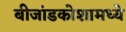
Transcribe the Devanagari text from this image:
बीजांडकोशामध्ये